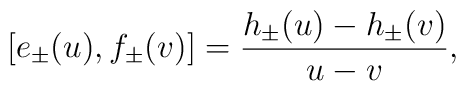
[e_\pm(u),f_\pm(v)]=\frac{h_\pm(u)-h_\pm(v)}{u-v},